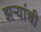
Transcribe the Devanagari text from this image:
झऱ्यांची